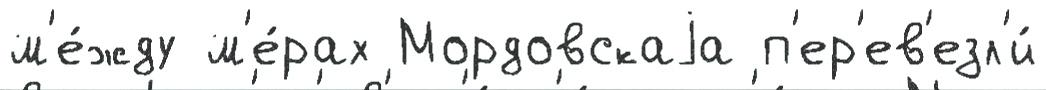
м'е́жду м'е́рах Мордовскаjа п'ер'ев'езл'и́